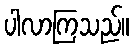
ပါလာကြသည်။